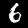
Digit: 6